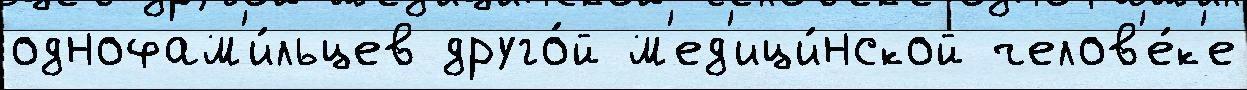
однофам'и́льцев друго́й м'ед'ици́нской челов'е́к'е